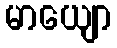
မာယျော